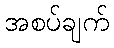
အစပ်ချက်